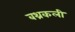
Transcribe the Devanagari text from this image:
बथ्रकली